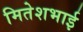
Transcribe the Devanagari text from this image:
मितेशभाई